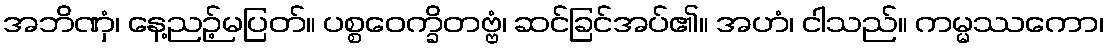
အဘိဏှံ၊ နေ့ညဉ့်မပြတ်။ ပစ္စဝေက္ခိတဗ္ဗံ၊ ဆင်ခြင်အပ်၏။ အဟံ၊ ငါသည်။ ကမ္မဿကော၊